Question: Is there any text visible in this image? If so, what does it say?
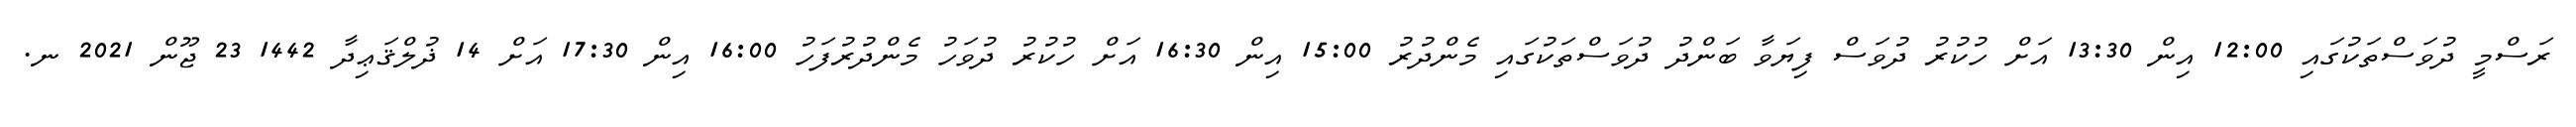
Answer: ރަސްމީ ދުވަސްތަކުގައި 12:00 އިން 13:30 އަށް ހުކުރު ދުވަސް ފިޔަވާ ބަންދު ދުވަސްތަކުގައި މެންދުރު 15:00 އިން 16:30 އަށް ހުކުރު ދުވަހު މެންދުރުފަހު 16:00 އިން 17:30 އަށް 14 ޛުލްޤަޢިދާ 1442 23 ޖޫން 2021 ނ.